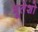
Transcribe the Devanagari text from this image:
भूतेशो